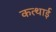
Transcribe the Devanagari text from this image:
कत्थाई